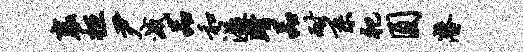
襄拒尹灭品和溢踏品耐系祀圆潜